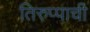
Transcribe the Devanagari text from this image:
तिरुप्पाची